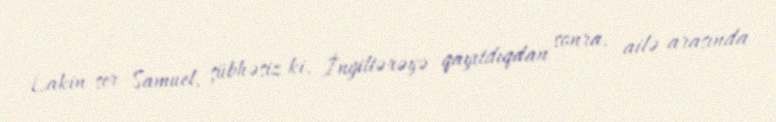
Lakin ser Samuel, şübhəsiz ki, İngiltərəyə qayıtdıqdan sonra, ailə arasında